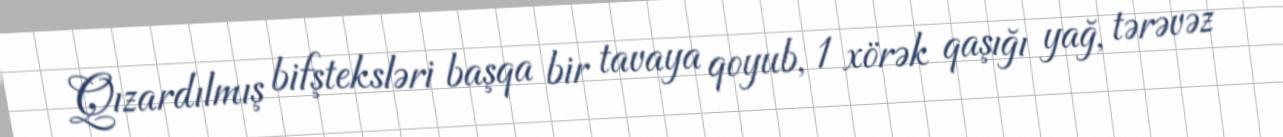
Qızardılmış bifşteksləri başqa bir tavaya qoyub, 1 xörək qaşığı yağ, tərəvəz